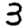
Digit: 3